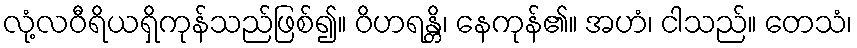
လုံ့လဝီရိယရှိကုန်သည်ဖြစ်၍။ ဝိဟရန္တိ၊ နေကုန်၏။ အဟံ၊ ငါသည်။ တေသံ၊